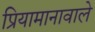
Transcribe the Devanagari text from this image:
प्रियामानावाले